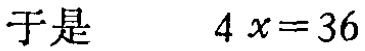
于是 \(\ 4x = 36\)